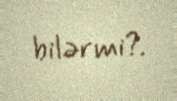
bilərmi?.